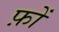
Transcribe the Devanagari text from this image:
फ़ों